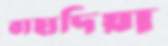
বাহাদিয়া